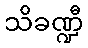
သိခဏ္ဍီ